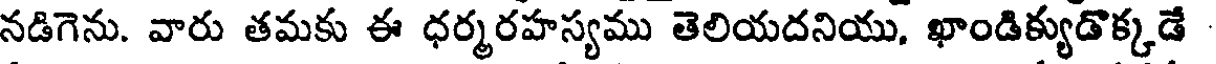
నడిగెను. వారు తమకు ఈ ధర్మరహస్యము తెలియదనియు, ఖాండిక్యుడొక్కడే